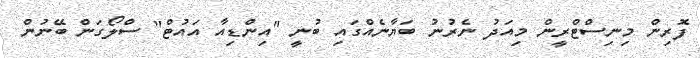
ފޮރިން މިނިސްޓްރީން މިއަދު ނެރުނު ބަޔާނެއްގައި ބުނީ "އިންޑިއާ އައުޓް" ސްލޯގަން ބޭނުން